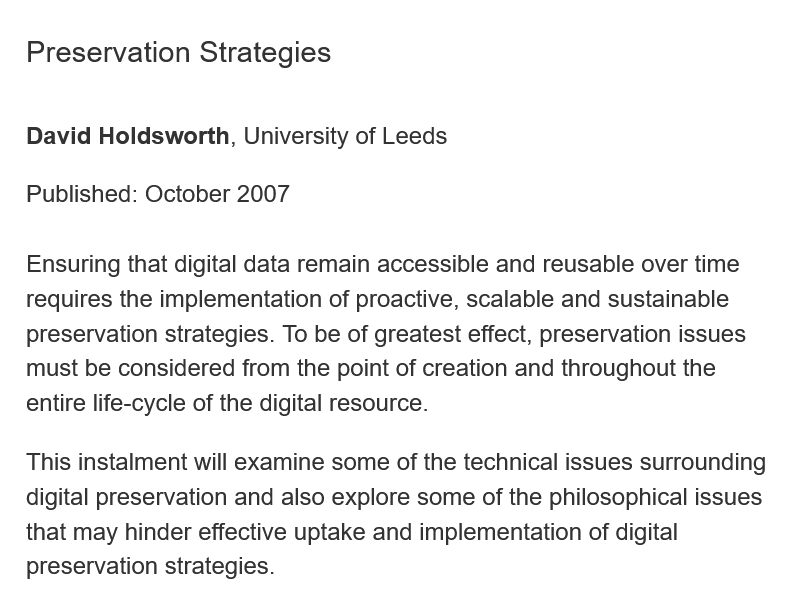
Preservation   Strategies
   David Holdsworth,  University of Leeds
   Published: October 2007
   Ensuring that digital data remain accessible and reusable over time
   requires the implementation of proactive, scalable and sustainable
   preservation strategies. To be of greatest effect, preservation issues
   must be considered from the point of creation and throughout the
   entire life-cycle of the digital resource.
   This instalment will examine some of the technical issues surrounding
   digital preservation and also explore some of the philosophical issues
   that may hinder effective uptake and implementation of digital
   preservation strategies.